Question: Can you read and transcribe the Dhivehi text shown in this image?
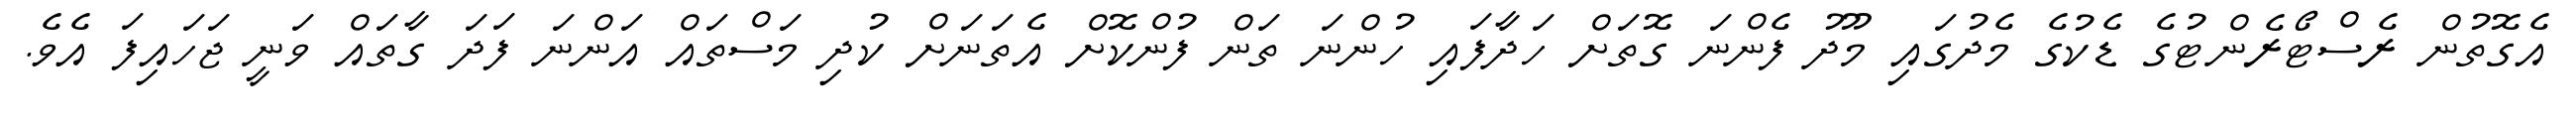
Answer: އެގޮތުން ރެސްޓޯރެންޓުގެ ޑެކުގެ މެދުގައި މޫދު ފެންނަ ގޮތަށް ހަދާފައި ހުންނަ ތަން ފުންކޮށް އެތަނަށް ކުދި މަސްތައް އަންނަ ފަދަ ގާތައް ވަނީ ޖަހައިފަ އެވެ.